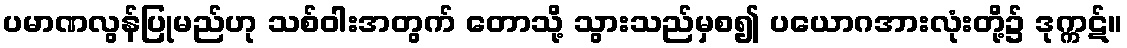
ပမာဏလွန်ပြုမည်ဟု သစ်ဝါးအတွက် တောသို့ သွားသည်မှစ၍ ပယောဂအားလုံးတို့၌ ဒုက္ကဋ်။